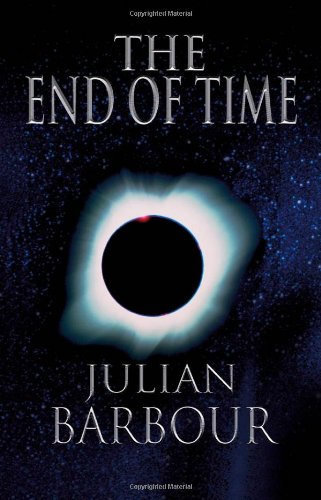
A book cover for The End of Time: The Next Revolution in Physics; Julian Barbour; Science & Math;